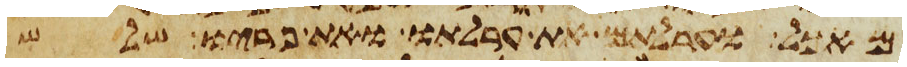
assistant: מאכל וערלתם את ערלתו את פריו שלש